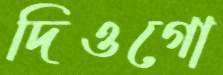
দিওগো